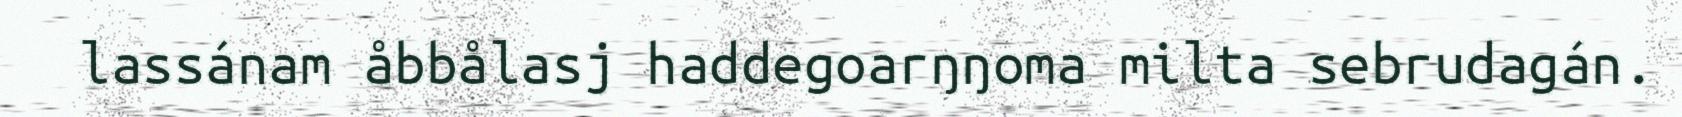
lassánam åbbålasj haddegoarŋŋoma milta sebrudagán.